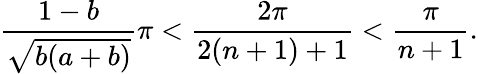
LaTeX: \frac{1-b}{\sqrt{b(a+b)}}\pi<\frac{2\pi}{2(n+1)+1}<\frac{\pi}{n+1}.